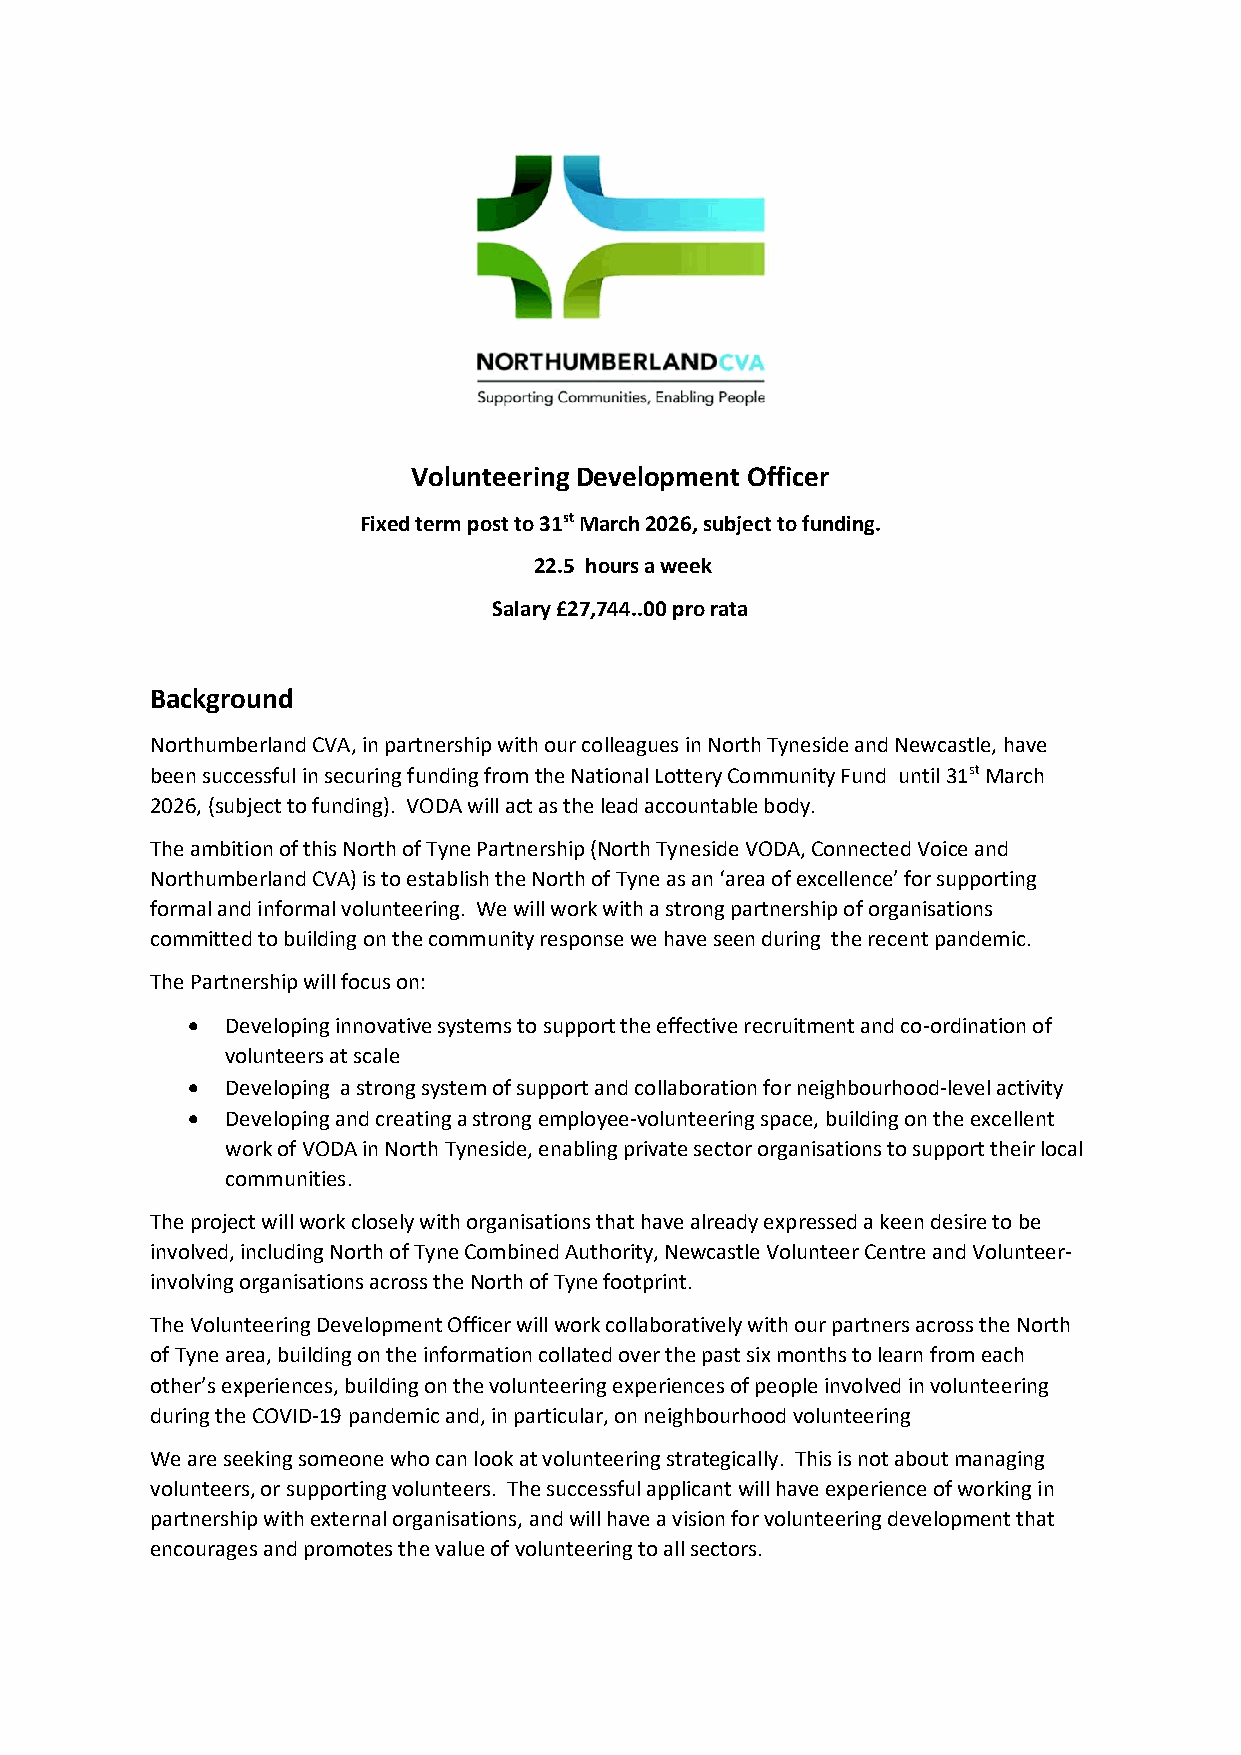
Volunteering Development Officer
 Fixed term post to 31st March 2026, subject to funding.
 22.5 hours a week
 Salary £27,744..00 pro rata
 Background
 Northumberland CVA, in partnership with our colleagues in North Tyneside and Newcastle, have
 been successful in securing funding from the National Lottery Community Fund until 31st March
 2026, (subject to funding). VODA will act as the lead accountable body.
 The ambition of this North of Tyne Partnership (North Tyneside VODA, Connected Voice and
 Northumberland CVA) is to establish the North of Tyne as an ‘area of excellence’ for supporting
 formal and informal volunteering. We will work with a strong partnership of organisations
 committed to building on the community response we have seen during the recent pandemic.
 The Partnership will focus on:
 •  Developing innovative systems to support the effective recruitment and co-ordination of
 volunteers at scale
 •  Developing a strong system of support and collaboration for neighbourhood-level activity
 •  Developing and creating a strong employee-volunteering space, building on the excellent
 work of VODA in North Tyneside, enabling private sector organisations to support their local
 communities.
 The project will work closely with organisations that have already expressed a keen desire to be
 involved, including North of Tyne Combined Authority, Newcastle Volunteer Centre and Volunteer-
 involving organisations across the North of Tyne footprint.
 The Volunteering Development Officer will work collaboratively with our partners across the North
 of Tyne area, building on the information collated over the past six months to learn from each
 other’s experiences, building on the volunteering experiences of people involved in volunteering
 during the COVID-19 pandemic and, in particular, on neighbourhood volunteering
 We are seeking someone who can look at volunteering strategically. This is not about managing
 volunteers, or supporting volunteers. The successful applicant will have experience of working in
 partnership with external organisations, and will have a vision for volunteering development that
 encourages and promotes the value of volunteering to all sectors.